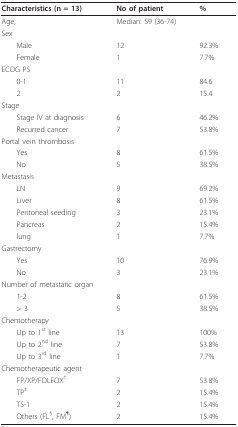
| Characteristics (n = 13) | No of patient | % |
 | --- | --- | --- |
 | Age, | Median: 59 (36-74) |  |
 | Sex |  |  |
 | Male | 12 | 92.3% |
 | Female | 1 | 7.7% |
 | ECOG PS |  |  |
 | 0-1 | 11 | 84.6 |
 | 2 | 2 | 15.4 |
 | Stage |  |  |
 | Stage IV at diagnosis | 6 | 46.2% |
 | Recurred cancer | 7 | 53.8% |
 | Portal vein thrombosis |  |  |
 | Yes | 8 | 61.5% |
 | No | 5 | 38.5% |
 | Metastasis |  |  |
 | LN | 9 | 69.2% |
 | Liver | 8 | 61.5% |
 | Peritoneal seeding | 3 | 23.1% |
 | Pancreas | 2 | 15.4% |
 | lung | 1 | 7.7% |
 | Gastrectomy |  |  |
 | Yes | 10 | 76.9% |
 | No | 3 | 23.1% |
 | Number of metastatic organ |  |  |
 | 1-2 | 8 | 61.5% |
 | > 3 | 5 | 38.5% |
 | Chemotherapy |  |  |
 | Up to 1st line | 13 | 100% |
 | Up to 2nd line | 7 | 53.8% |
 | Up to 3rd line | 1 | 7.7% |
 | Chemotherapeutic agent |  |  |
 | FP/XP/FOLFOX† | 7 | 53.8% |
 | TP‡ | 2 | 15.4% |
 | TS-1 | 2 | 15.4% |
 | Others (FL§, FM¶) | 2 | 15.4% |